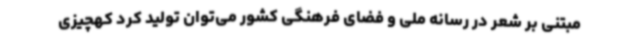
مبتنی بر شعر در رسانه ملی و فضای فرهنگی کشور می‌توان تولید کرد کهچیزی